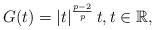
LaTeX: \begin{align*}G(t)=|t|^\frac{p-2}{p}\,t,t\in\mathbb{R},\end{align*}